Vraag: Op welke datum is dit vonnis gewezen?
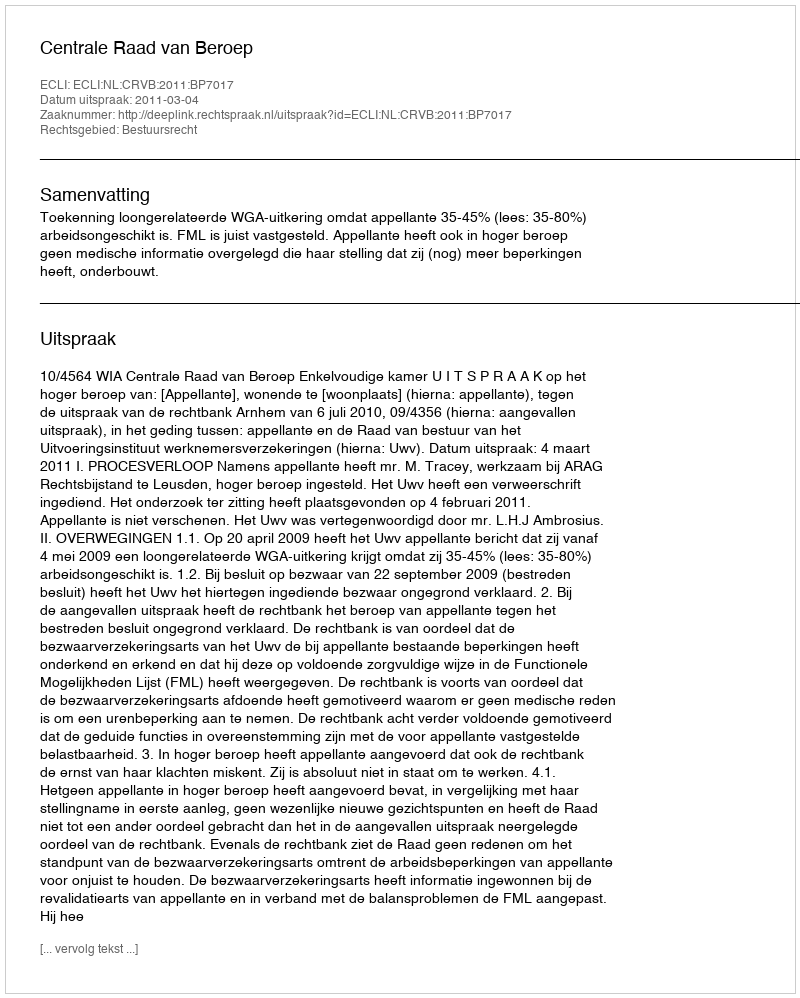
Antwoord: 2011-03-04